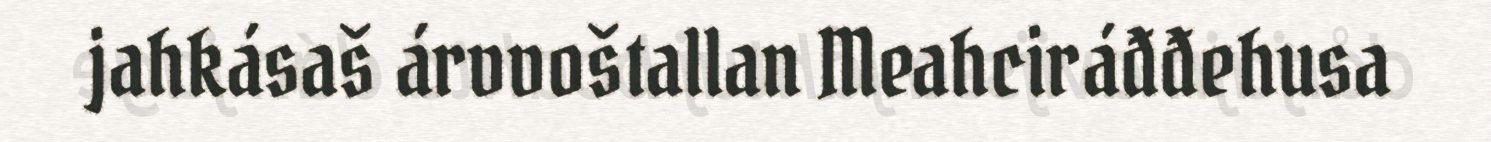
jahkásaš árvvoštallan Meahciráđđehusa